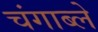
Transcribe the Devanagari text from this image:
चंगाब्ले